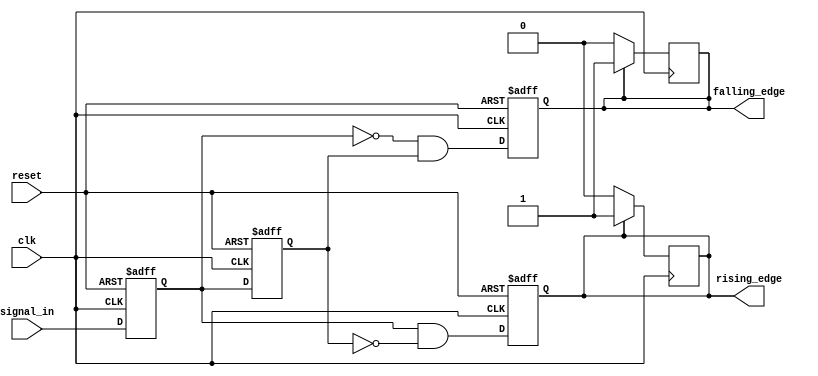
module glitch_free_edge_detector (
    input wire clk,              // Clock signal
    input wire reset,            // Asynchronous reset signal
    input wire signal_in,        // Input signal to detect edges
    output reg rising_edge,      // Output signal for rising edge detection
    output reg falling_edge      // Output signal for falling edge detection
);

    // Memory blocks to store current and previous states
    reg current_state;           // Current state of the input signal
    reg previous_state;          // Previous state of the input signal

    // Asynchronous reset and state update on clock edge
    always @(posedge clk or posedge reset) begin
        if (reset) begin
            current_state <= 1'b0;   // Initialize current state to 0
            previous_state <= 1'b0;  // Initialize previous state to 0
            rising_edge <= 1'b0;      // Initialize rising edge output to 0
            falling_edge <= 1'b0;     // Initialize falling edge output to 0
        end else begin
            // Update previous state to current state
            previous_state <= current_state;
            // Update current state to the input signal
            current_state <= signal_in;

            // Edge detection logic
            rising_edge <= (current_state && ~previous_state);  // Rising edge detected
            falling_edge <= (~current_state && previous_state); // Falling edge detected
        end
    end

    // Reset edge signals after one clock cycle
    always @(posedge clk) begin
        if (rising_edge) begin
            rising_edge <= 1'b1; // Assert rising edge for one clock cycle
        end else begin
            rising_edge <= 1'b0; // Reset rising edge signal
        end

        if (falling_edge) begin
            falling_edge <= 1'b1; // Assert falling edge for one clock cycle
        end else begin
            falling_edge <= 1'b0; // Reset falling edge signal
        end
    end

endmodule